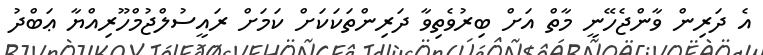
އެ ދަރިން ވާންޖެހޭނީ މާތް އަށް ބިރުވެތިވާ ދަރިންތަކަކަށް ކަމަށް ރައީސުލްޖުމްހޫރިއްޔާ ޢަބްދު